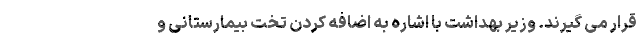
قرار می گیرند. وزیر بهداشت با اشاره به اضافه کردن تخت بیمارستانی و